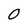
Character: 0